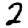
Digit: 2